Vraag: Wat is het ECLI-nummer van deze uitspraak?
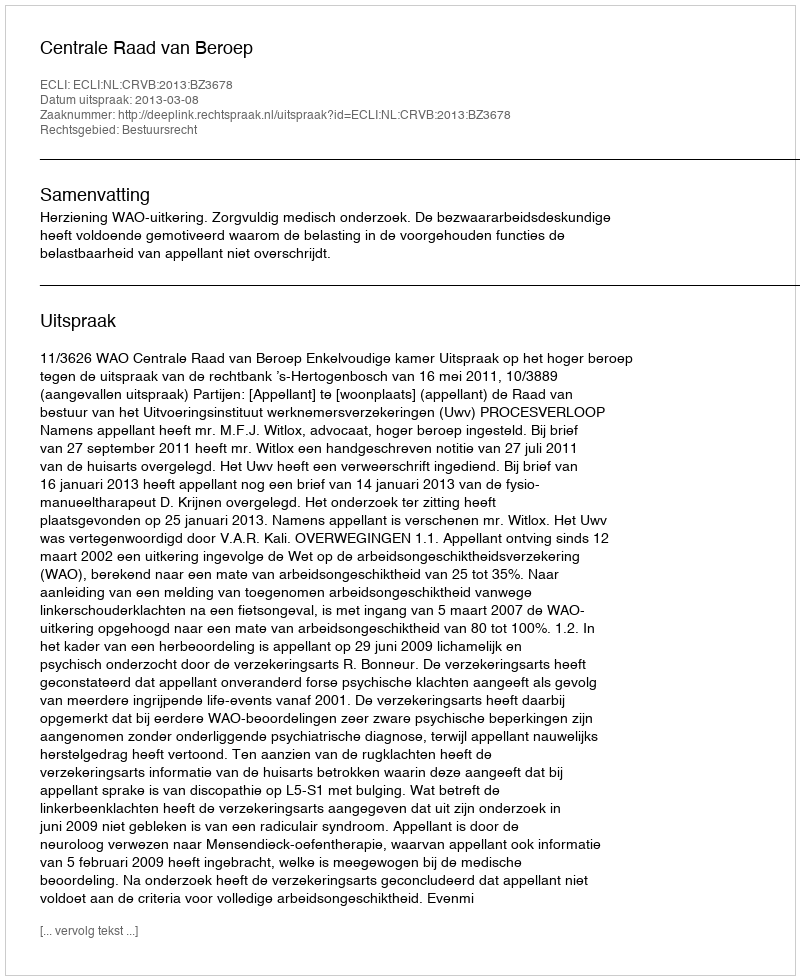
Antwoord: ECLI:NL:CRVB:2013:BZ3678